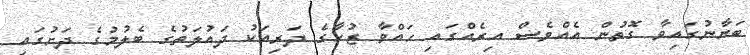
ބަޔާނުގައިވާ ގޮތުން އެއްވެސް އިރެއްގައި ހައްވާ ޒުހާގެ ދަރިއަކު ދައުލަތުގެ ބެލުމުގެ ދަށުގައި